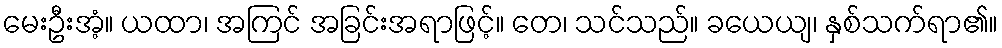
မေးဦးအံ့။ ယထာ၊ အကြင် အခြင်းအရာဖြင့်။ တေ၊ သင်သည်။ ခယေယျ၊ နှစ်သက်ရာ၏။